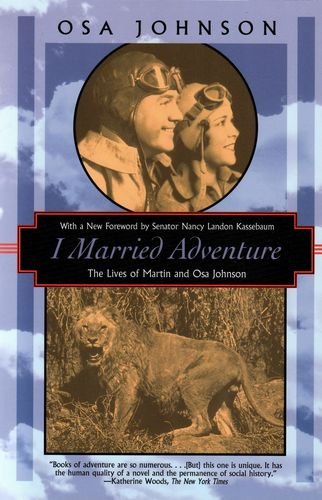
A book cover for I Married Adventure: The Lives of Martin and Osa Johnson (Kodansha Globe); Osa Johnson; Travel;